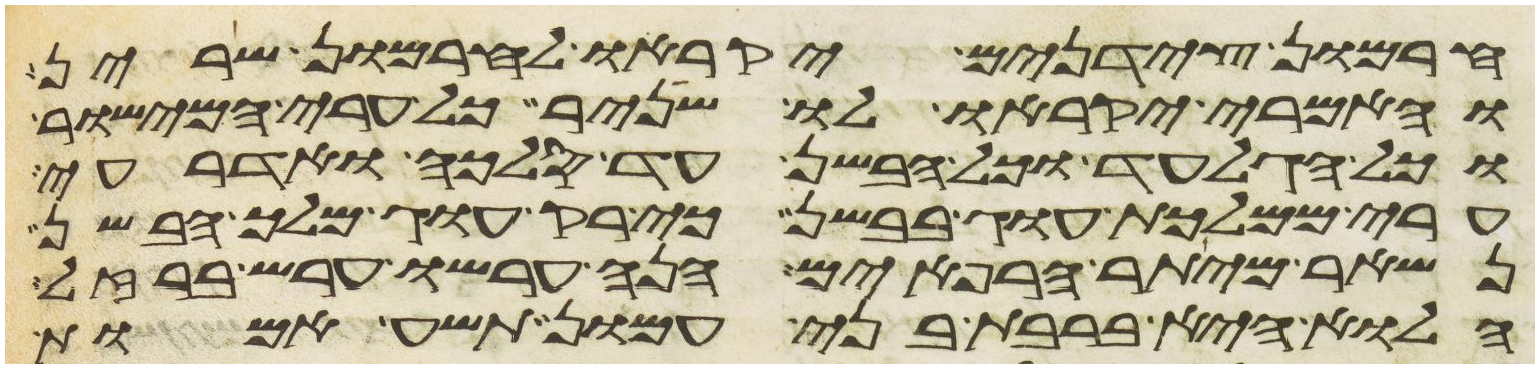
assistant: חרמון צידנים יקראו לחרמון שרין
והאמרי יקראו לו שניר כל ערי המישור
וכל הגלעד וכל הבשן עד סלכה ואדרעי
ערי ממלכת עוג בבשן כי רק עוג מלך הבשן
נשאר מיתר הרפאים הנה ערשו ערש ברזל
הלוא היא ברבת בני עמון תשע אמות